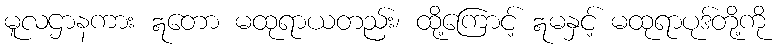
မူလဌာနကား ဣတော မထုရာယတည်း၊ ထို့ကြောင့် ဣမနှင့် မထုရာပုဒ်တို့ကို